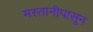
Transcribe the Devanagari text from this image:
मस्तानीपासून